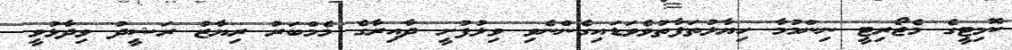
ކޮމިޓީގެ މެޖޯރިޓީ ނިންމުމާ ހިޔާލުތަފާތުވެވަޑައިގެންނެވި ވިލުފުށީ ދާއިރާގެ މެމްބަރު ރިޔާޒު ރަޝީދު ވިދާޅުވީ